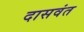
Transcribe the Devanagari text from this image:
दासवंत